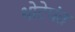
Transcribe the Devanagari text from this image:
थोटेपंत